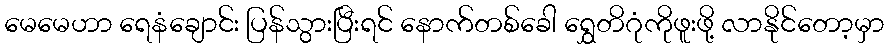
မေမေဟာ ရေနံချောင်း ပြန်သွားပြီးရင် နောက်တစ်ခေါ ရွှေတိဂုံကိုဖူးဖို့ လာနိုင်တော့မှာ